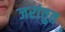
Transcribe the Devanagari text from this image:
जरांतुत